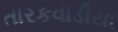
તારકવાડીયા